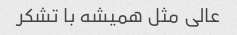
عالی مثل همیشه با تشکر